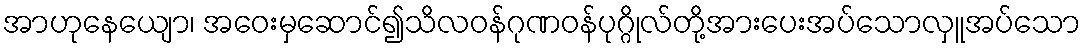
အာဟုနေယျော၊ အဝေးမှဆောင်၍သိလဝန်ဂုဏဝန်ပုဂ္ဂိုလ်တို့အားပေးအပ်သောလှူအပ်သော